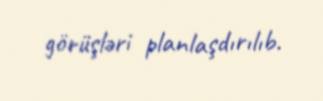
görüşləri planlaşdırılıb.